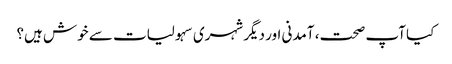
کیا آپ صحت، آمدنی اور دیگر شہری سہولیات سے خوش ہیں؟